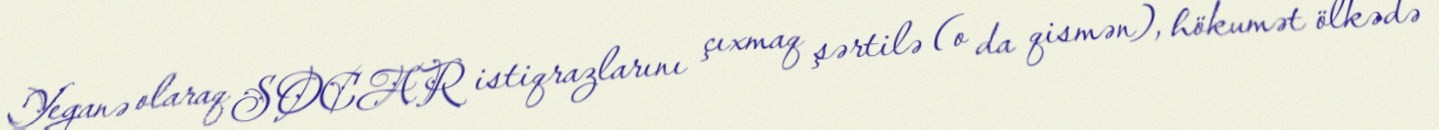
Yeganə olaraq SOCAR istiqrazlarını çıxmaq şərtilə (o da qismən), hökumət ölkədə